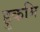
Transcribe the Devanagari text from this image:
हुकमि